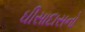
ઘીસાદાસનો